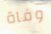
وفاة